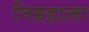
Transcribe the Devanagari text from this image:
निग्रहाला